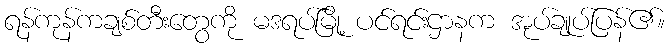
ရန်ကုန်ကချစ်တီးတွေကို မဒရပ်မြို့ ပင်ရင်းဌာနက အုပ်ချုပ်ပြန်၏။